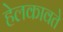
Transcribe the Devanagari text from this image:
हेलकावते